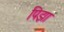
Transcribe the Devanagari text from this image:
पिझा